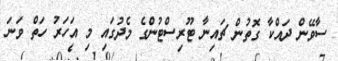
ސާވޭން ދައްކާ ގޮތުން ޗައިނާ ޓޫރިސްޓުންގެ މެދުގައި މި އަހަރު ހަތް ވަނަ